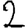
Digit: 2